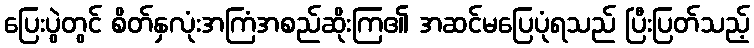
ပြေးပွဲတွင် စိတ်နှလုံးအကြံအစည်ဆိုးကြ၏ အဆင်မပြေပုံရသည် ပြီးပြတ်သည့်